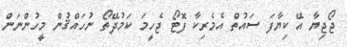
ޖޯޖިޔާ އޭ ކިޔާފަ ސައުތް އެމެރިކާ ފޮޓޯ ޖެހީމަ ކަމުދޭތޯ ނުހައްޤުން މީހުންނަން